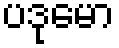
ပဒုမော